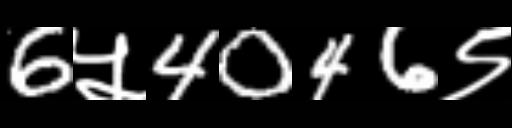
Text: 6५4046९